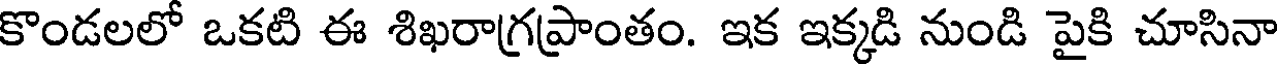
కొండలలో ఒకటి ఈ శిఖరాగ్రప్రాంతం. ఇక ఇక్కడి నుండి పైకి చూసినా